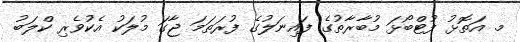
މ. އަތޮޅު ފުޓްބޯޅަ މުބާރާތުގެ ފައިނަލުގެ ފުރަތަމަ ޖާގަ މުލަކު އެކުވެރި ކްލަބު